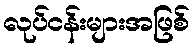
လုပ်ငန်းများအဖြစ်